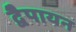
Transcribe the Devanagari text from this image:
द्वेैपायन